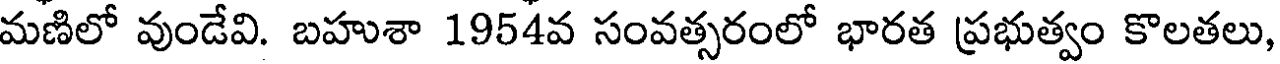
మణిలో వుండేవి. బహుశా 1954వ సంవత్సరంలో భారత ప్రభుత్వం కొలతలు,